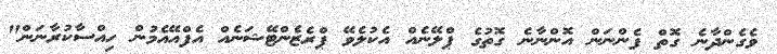
ވެގެންދާނެ ގޮތް ފެންނަން އޮންނާނެ ގޮތުގެ ޕްލޭނެއް އެކުލެވޭ ޕްރެޒެންޓޭޝަނެއް އެފްއޭއެމުން ހިއްސާކުރާނަން"